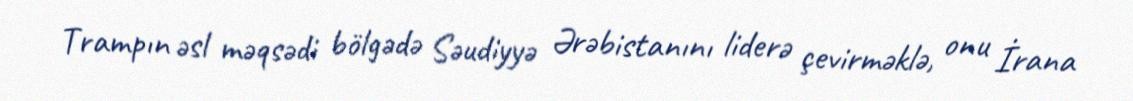
Trampın əsl məqsədi bölgədə Səudiyyə Ərəbistanını liderə çevirməklə, onu İrana